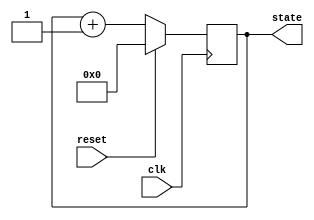
module sync_reset_example (
    input wire clk,         // Clock signal
    input wire reset,       // Synchronous reset signal
    output reg [3:0] state  // State output
);

// Internal state declaration
// Here, state is a 4-bit register

// Always block to describe synchronous behavior
always @(posedge clk) begin
    if (reset) begin
        // Reset condition: set state to a predefined value, e.g., 4'b0000
        state <= 4'b0000; 
    end else begin
        // State update logic (example: simple counter)
        state <= state + 1'b1; // Increment state for demonstration
    end
end

endmodule